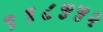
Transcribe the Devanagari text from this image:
११८५५२